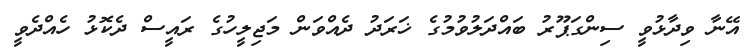
އޭނާ ވިދާޅުވީ ސިންގަޕޫރު ބައްދަލުވުމުގެ ޚަރަދު ދެއްވަން މަޖިލީހުގެ ރައީސް ދެކޮޅު ހެއްދެވީ